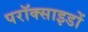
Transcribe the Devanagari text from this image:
परॉक्साइडों